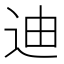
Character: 迪